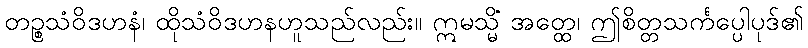
တဉ္စသံဝိဒဟနံ၊ ထိုသံဝိဒဟနဟူသည်လည်း။ ဣမသ္မိံ အတ္ထေ၊ ဤစိတ္တသင်္ကပ္ပေါပုဒ်၏